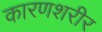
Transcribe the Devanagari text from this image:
कारणशरीर